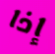
إذا